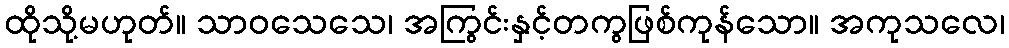
ထိုသို့မဟုတ်။ သာဝသေသေ၊ အကြွင်းနှင့်တကွဖြစ်ကုန်သော။ အကုသလေ၊